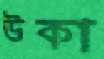
উকা